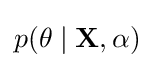
p(\theta \mid \mathbf {X} ,\alpha )